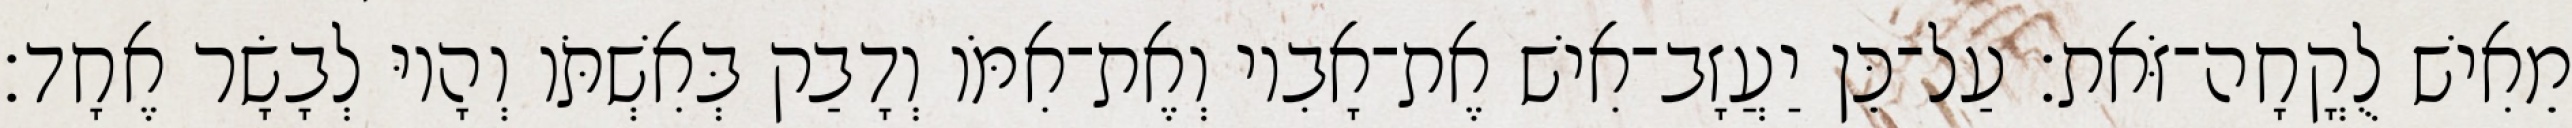
מֵאִישׁ לֻקֳחָה־זֹּאת׃ עַל־כֵּן יַעֲזָב־אִישׁ אֶת־אָבִיו וְאֶת־אִמֹּו וְדָבַק בְּאִשְׁתֹּו וְהָיוּ לְבָשָׂר אֶחָד׃